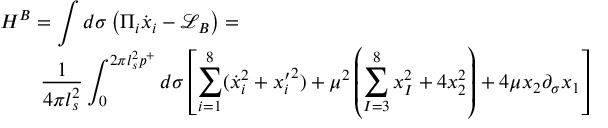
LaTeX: \begin{array} { l } { { \displaystyle { H ^ { B } = \int d \sigma \left( \Pi _ { i } \dot { x } _ { i } - \mathcal { L } _ { B } \right) = } } } \\ { { \displaystyle { \qquad \frac { 1 } { 4 \pi l _ { s } ^ { 2 } } \int _ { 0 } ^ { 2 \pi l _ { s } ^ { 2 } p ^ { + } } d \sigma \left[ \sum _ { i = 1 } ^ { 8 } ( { \dot { x } _ { i } } ^ { 2 } + { { x } _ { i } ^ { \prime } } ^ { 2 } ) + \mu ^ { 2 } \left( \sum _ { I = 3 } ^ { 8 } x _ { I } ^ { 2 } + 4 x _ { 2 } ^ { 2 } \right) + 4 \mu x _ { 2 } \partial _ { \sigma } x _ { 1 } \right] } } } \end{array}